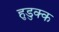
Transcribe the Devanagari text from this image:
हुडुक्क